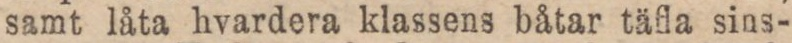
samt låta hvardera klassens båtar täfla sins-